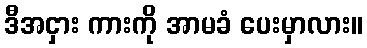
ဒီအငှား ကားကို အာမခံ ပေးမှာလား။